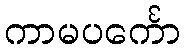
ကာမပင်္ကော